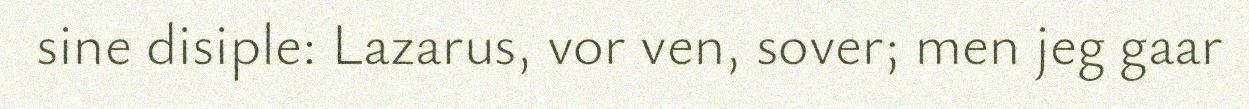
sine disiple: Lazarus, vor ven, sover; men jeg gaar